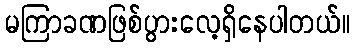
မကြာခဏဖြစ်ပွားလေ့ရှိနေပါတယ်။